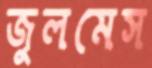
জুলমেস